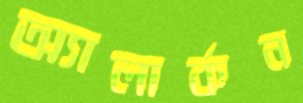
অ্যালার্কন